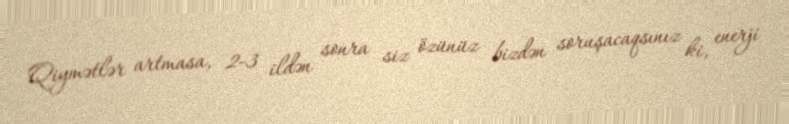
Qiymətlər artmasa, 2-3 ildən sonra siz özünüz bizdən soruşacaqsınız ki, enerji